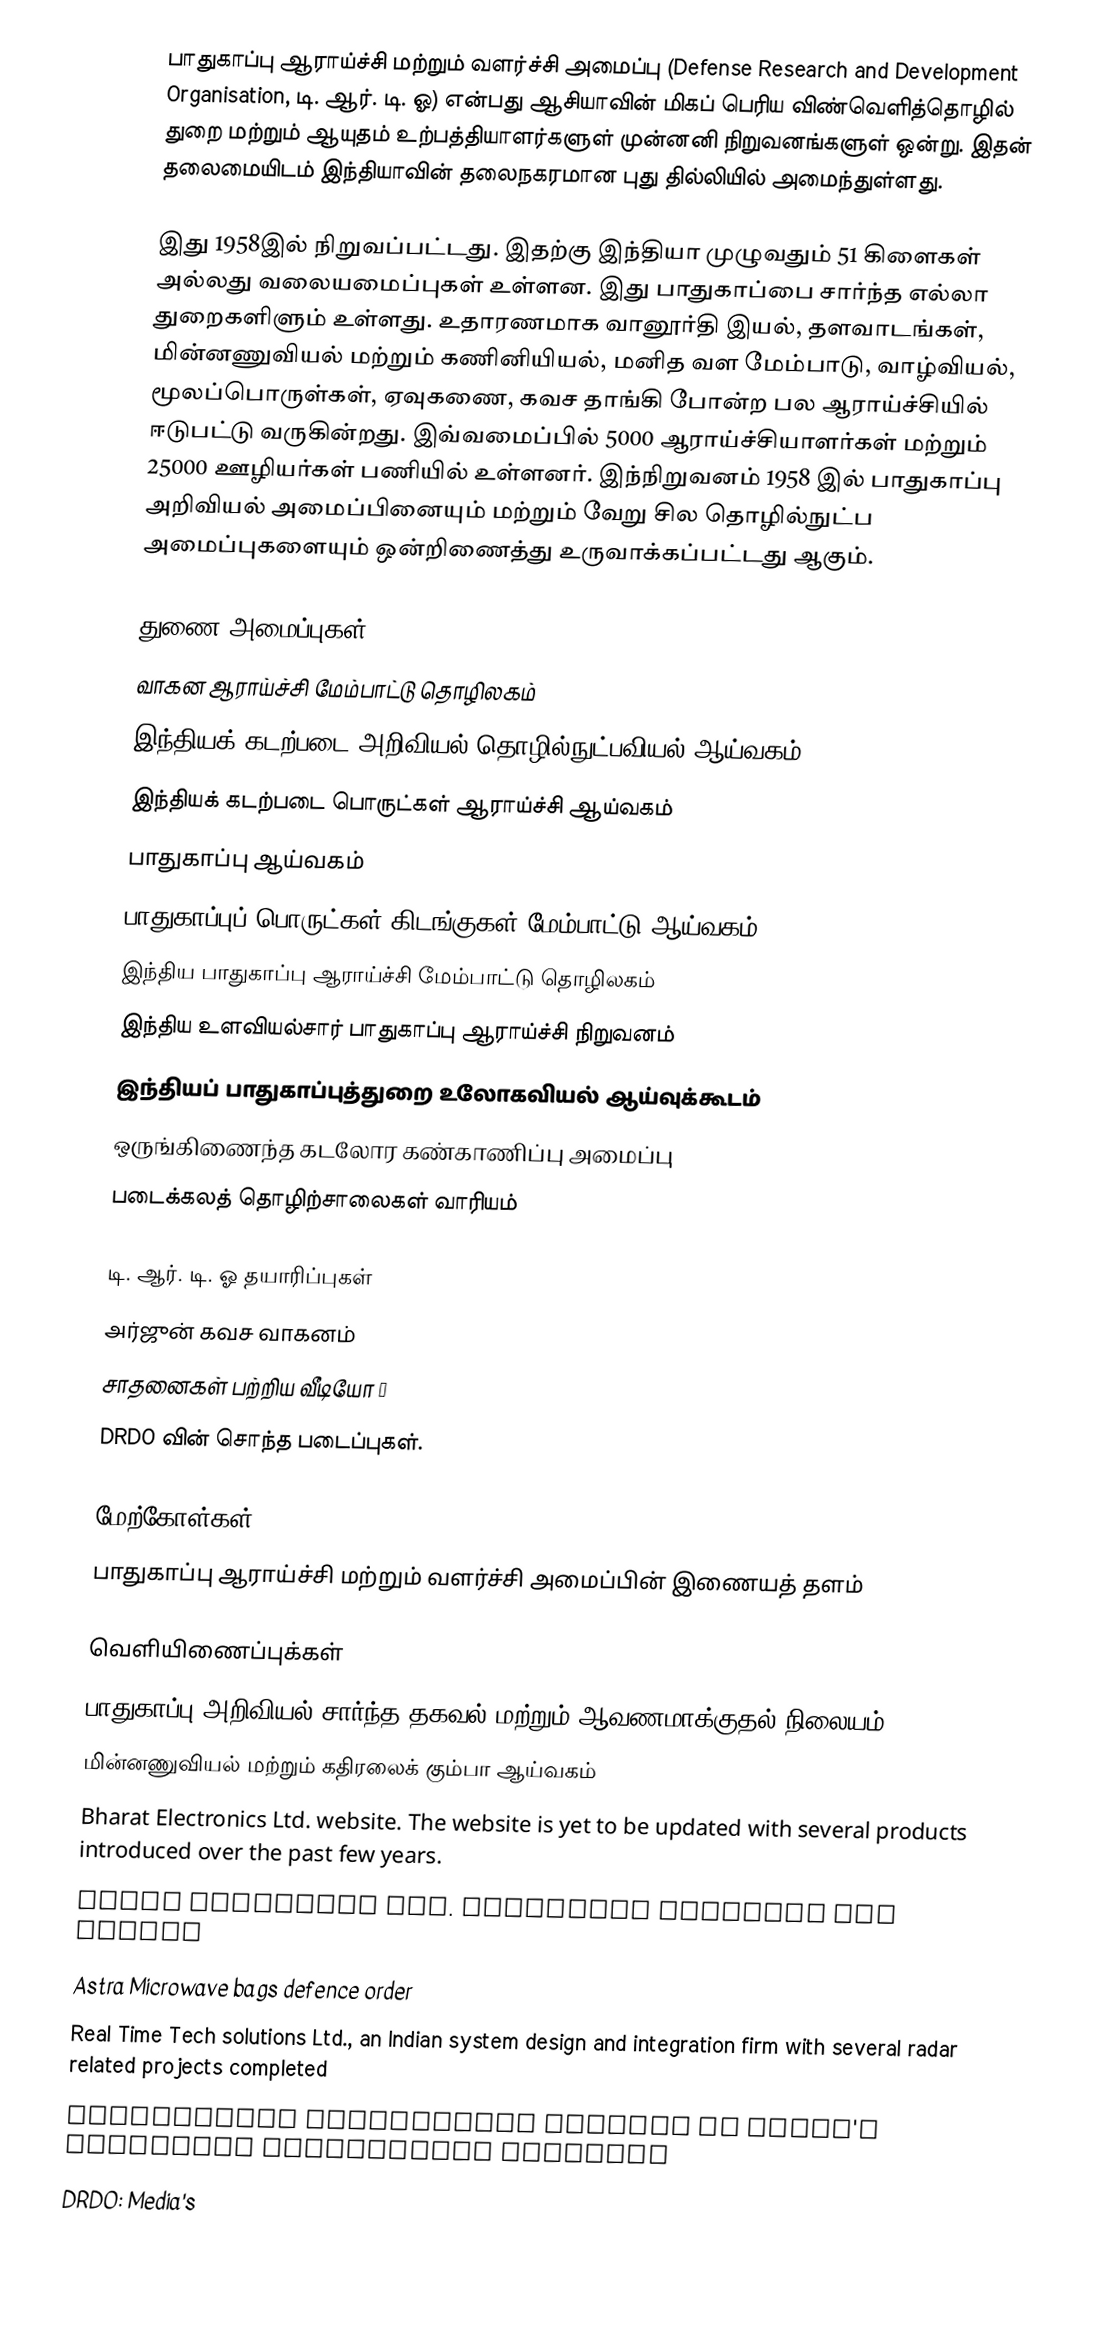
பாதுகாப்பு ஆராய்ச்சி மற்றும் வளர்ச்சி அமைப்பு (Defense Research and Development Organisation, டி. ஆர். டி. ஓ) என்பது ஆசியாவின் மிகப் பெரிய விண்வெளித்தொழில் துறை மற்றும் ஆயுதம் உற்பத்தியாளர்களுள் முன்னனி நிறுவனங்களுள் ஒன்று. இதன் தலைமையிடம் இந்தியாவின் தலைநகரமான புது தில்லியில் அமைந்துள்ளது.

இது 1958இல் நிறுவப்பட்டது. இதற்கு இந்தியா முழுவதும் 51 கிளைகள் அல்லது வலையமைப்புகள் உள்ளன. இது பாதுகாப்பை சார்ந்த எல்லா துறைகளிளும் உள்ளது. உதாரணமாக வானூர்தி இயல், தளவாடங்கள், மின்னணுவியல் மற்றும் கணினியியல், மனித வள மேம்பாடு, வாழ்வியல், மூலப்பொருள்கள், ஏவுகணை,  கவச தாங்கி போன்ற பல ஆராய்ச்சியில் ஈடுபட்டு வருகின்றது. இவ்வமைப்பில் 5000 ஆராய்ச்சியாளர்கள் மற்றும் 25000 ஊழியர்கள் பணியில் உள்ளனர். இந்நிறுவனம் 1958 இல் பாதுகாப்பு அறிவியல் அமைப்பினையும் மற்றும் வேறு சில தொழில்நுட்ப அமைப்புகளையும் ஒன்றிணைத்து உருவாக்கப்பட்டது ஆகும்.

துணை அமைப்புகள்
வாகன ஆராய்ச்சி மேம்பாட்டு தொழிலகம்
இந்தியக் கடற்படை அறிவியல் தொழில்நுட்பவியல் ஆய்வகம்
இந்தியக் கடற்படை பொருட்கள் ஆராய்ச்சி ஆய்வகம்
பாதுகாப்பு ஆய்வகம்
பாதுகாப்புப் பொருட்கள் கிடங்குகள் மேம்பாட்டு ஆய்வகம்
இந்திய பாதுகாப்பு ஆராய்ச்சி மேம்பாட்டு தொழிலகம்
இந்திய உளவியல்சார் பாதுகாப்பு ஆராய்ச்சி நிறுவனம்
 இந்தியப் பாதுகாப்புத்துறை உலோகவியல் ஆய்வுக்கூடம்
 ஒருங்கிணைந்த கடலோர கண்காணிப்பு அமைப்பு
 படைக்கலத் தொழிற்சாலைகள் வாரியம்

டி. ஆர். டி. ஓ தயாரிப்புகள்
அர்ஜுன் கவச வாகனம்
சாதனைகள் பற்றிய வீடியோ ː
DRDO வின் சொந்த படைப்புகள்.

மேற்கோள்கள்
பாதுகாப்பு ஆராய்ச்சி மற்றும் வளர்ச்சி அமைப்பின் இணையத் தளம்

வெளியிணைப்புக்கள்
பாதுகாப்பு  அறிவியல் சார்ந்த தகவல் மற்றும் ஆவணமாக்குதல் நிலையம் (DESIDOC)
மின்னணுவியல் மற்றும் கதிரலைக் கும்பா ஆய்வகம்
Bharat Electronics Ltd. website. The website is yet to be updated with several products introduced over the past few years.
Astra Microwave Ltd. subsystem provider for radars
Astra Microwave bags defence order
Real Time Tech solutions Ltd., an Indian system design and integration firm with several radar related projects completed
Electronics Corporation Limited of India's Strategic Electronics Division
 DRDO: Media's